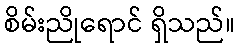
စိမ်းညိုရောင် ရှိသည်။